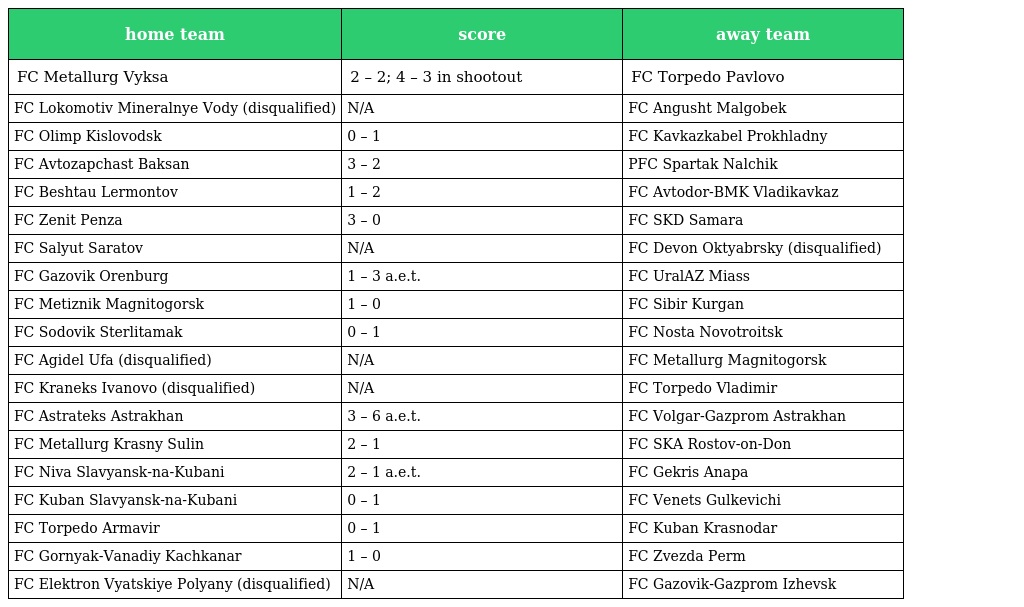
| home team | score | away team |
 | --- | --- | --- |
 | FC Metallurg Vyksa | 2 – 2; 4 – 3 in shootout | FC Torpedo Pavlovo |
 | FC Lokomotiv Mineralnye Vody (disqualified) | N/A | FC Angusht Malgobek |
 | FC Olimp Kislovodsk | 0 – 1 | FC Kavkazkabel Prokhladny |
 | FC Avtozapchast Baksan | 3 – 2 | PFC Spartak Nalchik |
 | FC Beshtau Lermontov | 1 – 2 | FC Avtodor-BMK Vladikavkaz |
 | FC Zenit Penza | 3 – 0 | FC SKD Samara |
 | FC Salyut Saratov | N/A | FC Devon Oktyabrsky (disqualified) |
 | FC Gazovik Orenburg | 1 – 3 a.e.t. | FC UralAZ Miass |
 | FC Metiznik Magnitogorsk | 1 – 0 | FC Sibir Kurgan |
 | FC Sodovik Sterlitamak | 0 – 1 | FC Nosta Novotroitsk |
 | FC Agidel Ufa (disqualified) | N/A | FC Metallurg Magnitogorsk |
 | FC Kraneks Ivanovo (disqualified) | N/A | FC Torpedo Vladimir |
 | FC Astrateks Astrakhan | 3 – 6 a.e.t. | FC Volgar-Gazprom Astrakhan |
 | FC Metallurg Krasny Sulin | 2 – 1 | FC SKA Rostov-on-Don |
 | FC Niva Slavyansk-na-Kubani | 2 – 1 a.e.t. | FC Gekris Anapa |
 | FC Kuban Slavyansk-na-Kubani | 0 – 1 | FC Venets Gulkevichi |
 | FC Torpedo Armavir | 0 – 1 | FC Kuban Krasnodar |
 | FC Gornyak-Vanadiy Kachkanar | 1 – 0 | FC Zvezda Perm |
 | FC Elektron Vyatskiye Polyany (disqualified) | N/A | FC Gazovik-Gazprom Izhevsk |